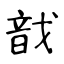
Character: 戠